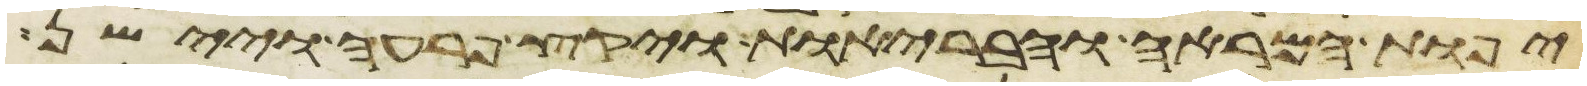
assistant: יפות המראה והבריות ויקץ פרעה ויישן